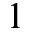
1